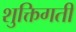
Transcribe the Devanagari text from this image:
शुक्तिगती